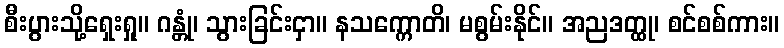
စီးပွားသို့ရှေးရှု။ ဂန္တုံ၊ သွားခြင်းငှာ။ နသက္ကောတိ၊ မစွမ်းနိုင်။ အညဒတ္ထု၊ စင်စစ်ကား။